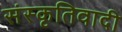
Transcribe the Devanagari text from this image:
संस्कृतिवादी